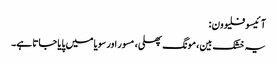
آ ئیسوفلیوون :
یہ خشک بین، مونگ پھلی، مسور اور سویا میں پایا جاتا ہے۔